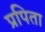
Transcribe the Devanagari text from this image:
प्रपिता